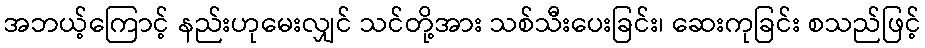
အဘယ့်ကြောင့် နည်းဟုမေးလျှင် သင်တို့အား သစ်သီးပေးခြင်း၊ ဆေးကုခြင်း စသည်ဖြင့်